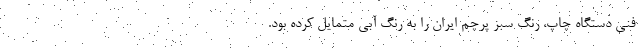
فنی دستگاه چاپ، رنگ سبز پرچم ایران را به رنگ آبی متمایل کرده بود.